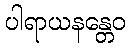
ပါရာယနန္တေဝ